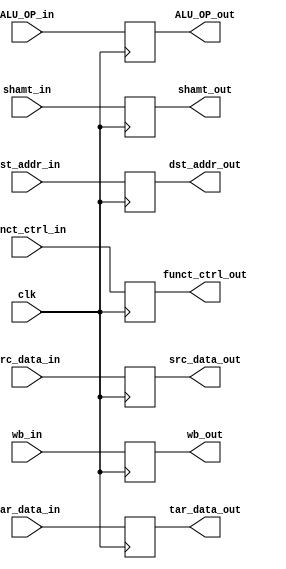
module ID_EX(
    //Outputs
    output wb_out,
    output [1:0]ALU_OP_out,
    output [31:0]src_data_out,
    output [31:0]tar_data_out,
    output [4:0]shamt_out,
    output [4:0]dst_addr_out,
    output [5:0]funct_ctrl_out,
    //Inputs
    input wb_in,
    input [1:0]ALU_OP_in,
    input [31:0]src_data_in,
    input [31:0]tar_data_in,
    input [4:0]shamt_in,
    input [4:0]dst_addr_in,
    input [5:0]funct_ctrl_in,
    input clk
);

reg wb;
reg [1:0]ALU_OP;
reg [31:0]src_data, tar_data;
reg [4:0]shamt, dst_addr;
reg [5:0]funct_ctrl;

always @(negedge clk) begin
    wb <= wb_in;
    ALU_OP <= ALU_OP_in;
    src_data <= src_data_in;
    tar_data <= tar_data_in;
    shamt <= shamt_in;
    dst_addr <= dst_addr_in;
    funct_ctrl <= funct_ctrl_in;
end

assign wb_out = wb;
assign ALU_OP_out = ALU_OP;
assign src_data_out = src_data;
assign tar_data_out = tar_data;
assign shamt_out = shamt;
assign dst_addr_out = dst_addr;
assign funct_ctrl_out = funct_ctrl;

endmodule